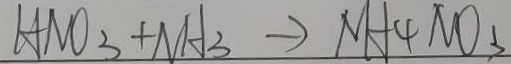
H N O _ { 3 } + N H _ { 3 } \rightarrow N H _ { 4 } N O _ { 3 }